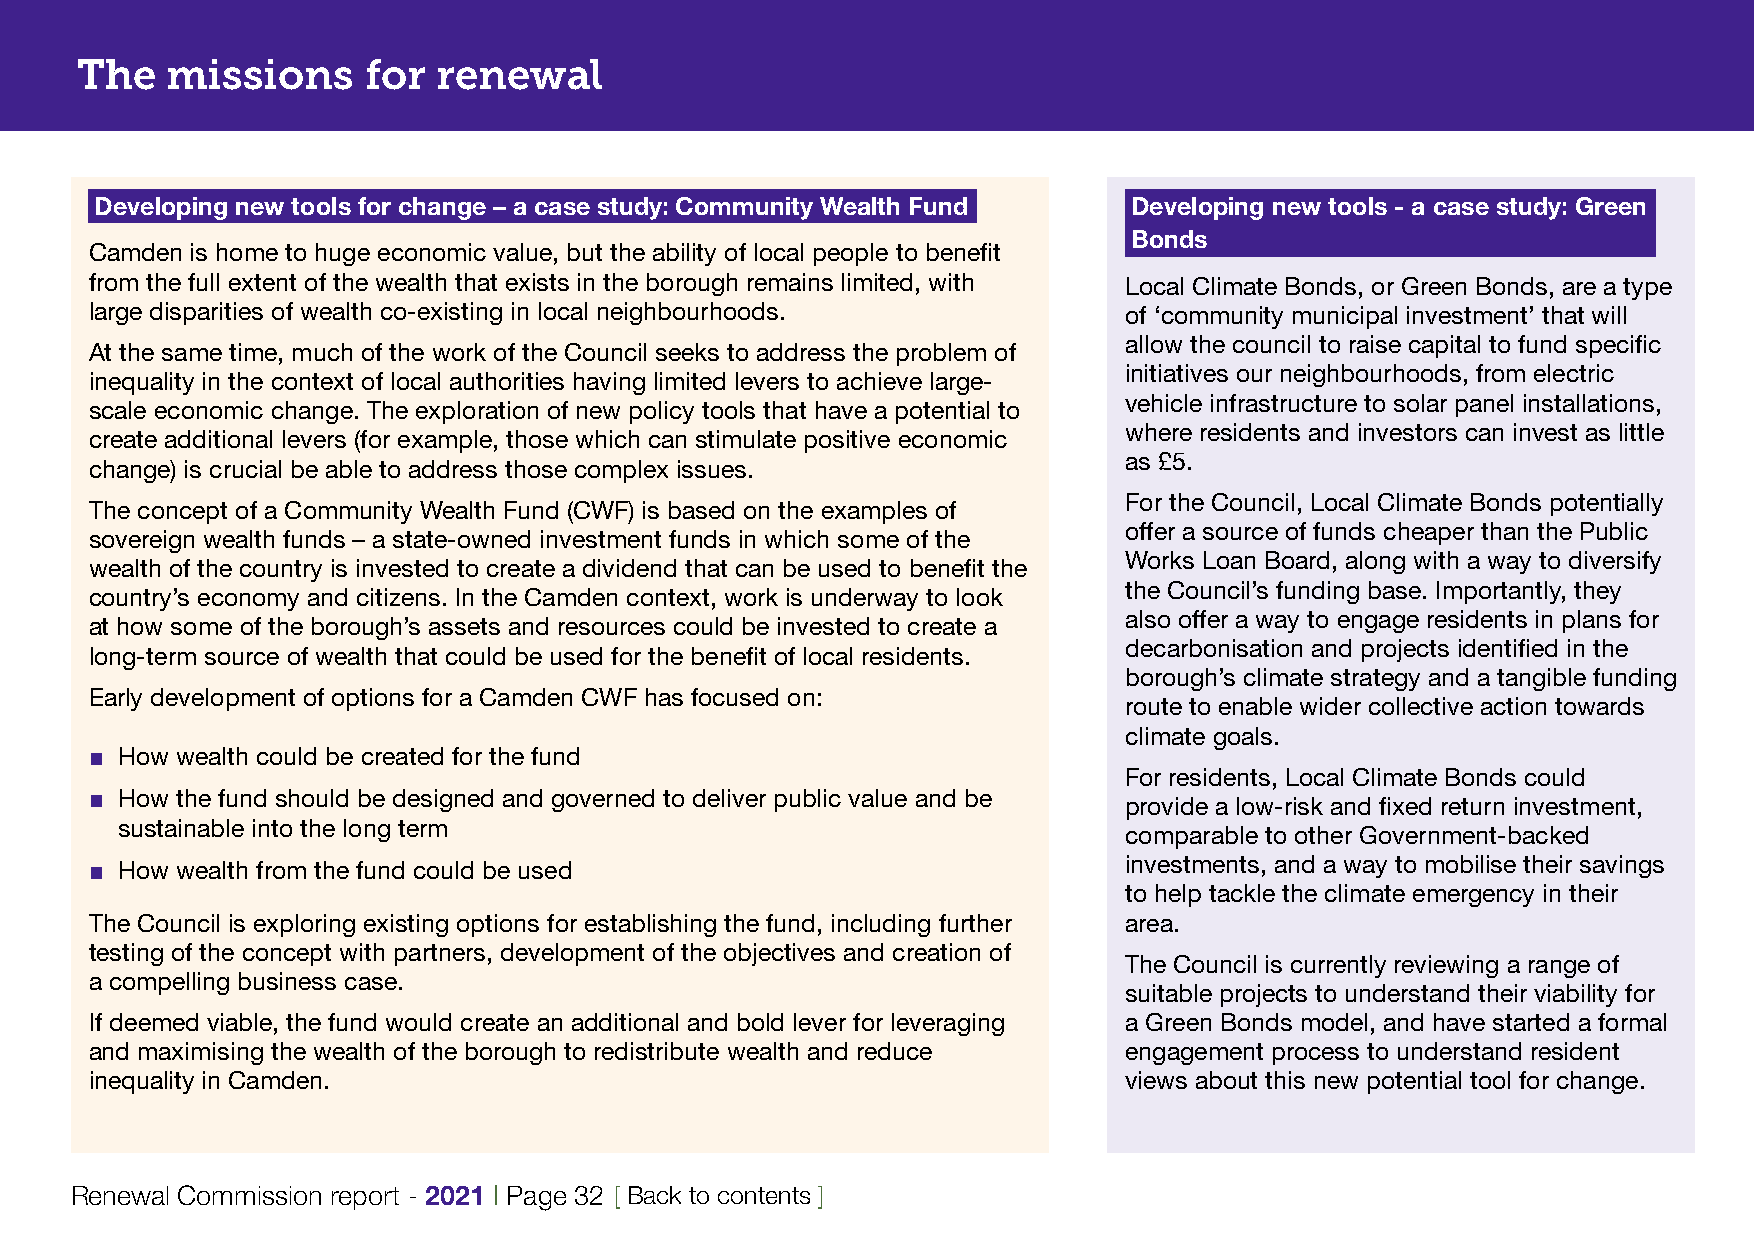
The   missions     for  renewal
 Developing new tools for change – a case study: Community Wealth Fund Developing new tools - a case study: Green
 Bonds
 Camden is home to huge economic value, but the ability of local people to benefit
 from the full extent of the wealth that exists in the borough remains limited, with Local Climate Bonds, or Green Bonds, are a type
 large disparities of wealth co-existing in local neighbourhoods.    of ‘community municipal investment’ that will
 allow the council to raise capital to fund specific
 At the same time, much of the work of the Council seeks to address the problem of
 initiatives our neighbourhoods, from electric
 inequality in the context of local authorities having limited levers to achieve large-
 vehicle infrastructure to solar panel installations,
 scale economic change. The exploration of new policy tools that have a potential to
 where residents and investors can invest as little
 create additional levers (for example, those which can stimulate positive economic
 as £5.
 change) is crucial be able to address those complex issues.
 For the Council, Local Climate Bonds potentially
 The concept of a Community Wealth Fund (CWF) is based on the examples of
 offer a source of funds cheaper than the Public
 sovereign wealth funds – a state-owned investment funds in which some of the
 Works Loan Board, along with a way to diversify
 wealth of the country is invested to create a dividend that can be used to benefit the
 the Council’s funding base. Importantly, they
 country’s economy and citizens. In the Camden context, work is underway to look
 also offer a way to engage residents in plans for
 at how some of the borough’s assets and resources could be invested to create a
 decarbonisation and projects identified in the
 long-term source of wealth that could be used for the benefit of local residents.
 borough’s climate strategy and a tangible funding
 Early development of options for a Camden CWF has focused on:
 route to enable wider collective action towards
 climate goals.
 ■ How wealth could be created for the fund
 For residents, Local Climate Bonds could
 ■ How the fund should be designed and governed to deliver public value and be provide a low-risk and fixed return investment,
 sustainable into the long term
 comparable to other Government-backed
 ■ How wealth from the fund could be used                            investments, and a way to mobilise their savings
 to help tackle the climate emergency in their
 The Council is exploring existing options for establishing the fund, including further area.
 testing of the concept with partners, development of the objectives and creation of
 The Council is currently reviewing a range of
 a compelling business case.
 suitable projects to understand their viability for
 If deemed viable, the fund would create an additional and bold lever for leveraging a Green Bonds model, and have started a formal
 and maximising the wealth of the borough to redistribute wealth and reduce engagement process to understand resident
 inequality in Camden.                                               views about this new potential tool for change.
 Renewal Commission report - 2021 | Page 32 [ Back to contents ]